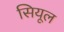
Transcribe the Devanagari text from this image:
सियूल